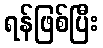
ရန်ဖြစ်ပြီး